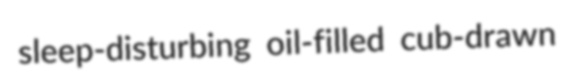
sleep-disturbing oil-filled cub-drawn